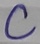
Text: C